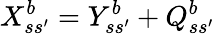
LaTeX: X_{ss^{\prime}}^{b}=Y_{ss^{\prime}}^{b}+Q_{ss^{\prime}}^{b}